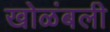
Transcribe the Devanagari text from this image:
खोळंबली